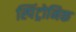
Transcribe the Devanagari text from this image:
स्पिंट्रोनिक